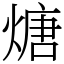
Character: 煻